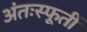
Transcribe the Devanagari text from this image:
अंतःस्फूर्ती